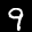
Label: 9